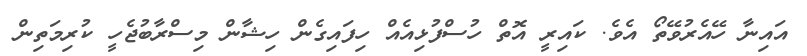
އައިނާ ހޭއެރުވޭތޯ އެވެ. ކައިރީ އޮތް ހުސްފުޅިއެއް ހިފައިގެން ހިޝާން މިސްރާބުޖެހީ ކުރިމަތިން